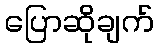
ပြောဆိုချက်